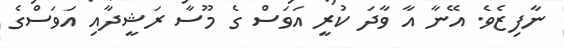
ނާފިޒެވެ. އޭނާ އާ ވާދަ ކުރީ އަވަސް ގެ މޫސާ ރަޝީދާއި އަވަސްގެ